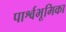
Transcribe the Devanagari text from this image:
पार्श्वभूमिका